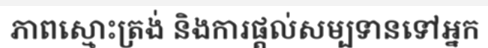
ភាពស្មោះត្រង់ និងការផ្តល់សម្បទានទៅអ្នក